Document type: Sale
Year: 1354
Scribe: Bernat de Torre
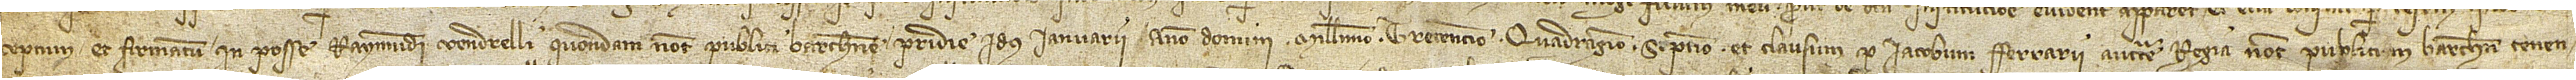
ceptum et firmatum in posse Raymundi Vendrelli, quondam, notarii publici Barchinone, pridie idus ianuarii, anno Domini millesimo trecentesimo quadragesimo septimo, et clausum per Iacobum Ferrarii, auctoritate regia notarium publicum Barchinone, tenen-